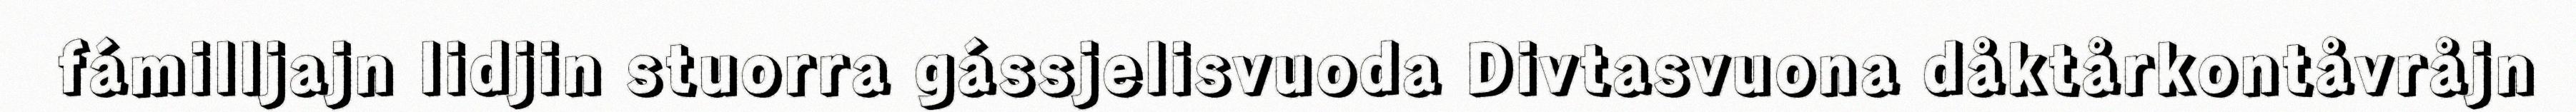
fámilljajn lidjin stuorra gássjelisvuoda Divtasvuona dåktårkontåvråjn